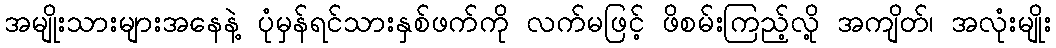
အမျိုးသားများအနေနဲ့ ပုံမှန်ရင်သားနှစ်ဖက်ကို လက်မဖြင့် ဖိစမ်းကြည့်လို့ အကျိတ်၊ အလုံးမျိုး